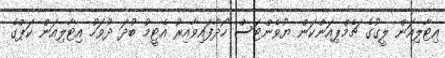
އިޓާލިއަން ލީގުގެ ޗެމްޕިއަންކަން ޔުވެންޓަސް ހޯދާފައިވާއިރު އެޓީމު ބުދަ ދުވަހު އިޓާލިއަން ކަޕްގެ